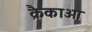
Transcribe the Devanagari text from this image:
क्रैकाओ